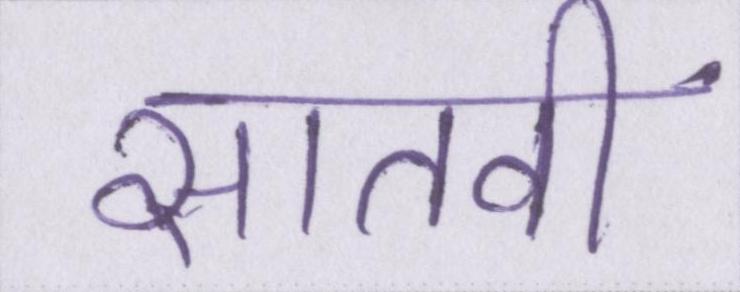
सातवीं